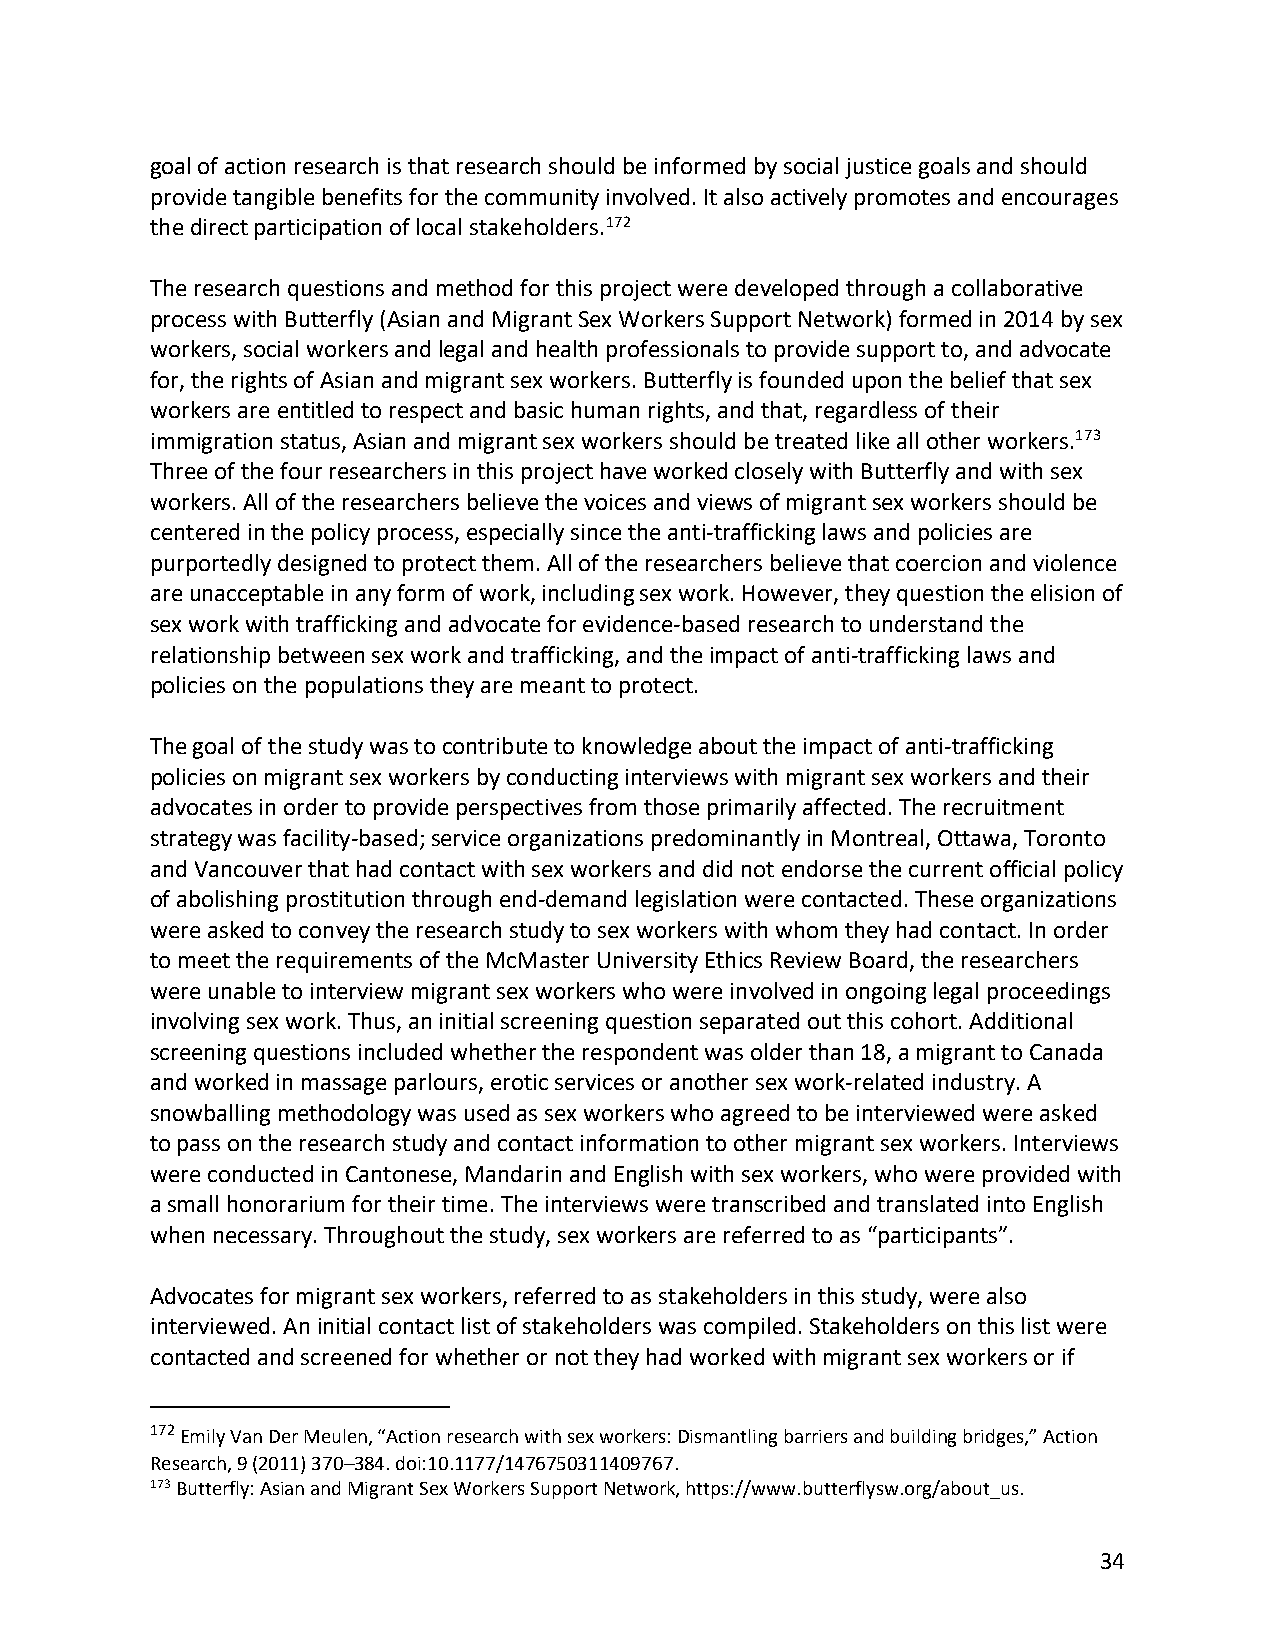
goal of action research is that research should be informed by social justice goals and should
 provide tangible benefits for the community involved. It also actively promotes and encourages
 the direct participation of local stakeholders.172
 The research questions and method for this project were developed through a collaborative
 process with Butterfly (Asian and Migrant Sex Workers Support Network) formed in 2014 by sex
 workers, social workers and legal and health professionals to provide support to, and advocate
 for, the rights of Asian and migrant sex workers. Butterfly is founded upon the belief that sex
 workers are entitled to respect and basic human rights, and that, regardless of their
 immigration status, Asian and migrant sex workers should be treated like all other workers.173
 Three of the four researchers in this project have worked closely with Butterfly and with sex
 workers. All of the researchers believe the voices and views of migrant sex workers should be
 centered in the policy process, especially since the anti-trafficking laws and policies are
 purportedly designed to protect them. All of the researchers believe that coercion and violence
 are unacceptable in any form of work, including sex work. However, they question the elision of
 sex work with trafficking and advocate for evidence-based research to understand the
 relationship between sex work and trafficking, and the impact of anti-trafficking laws and
 policies on the populations they are meant to protect.
 The goal of the study was to contribute to knowledge about the impact of anti-trafficking
 policies on migrant sex workers by conducting interviews with migrant sex workers and their
 advocates in order to provide perspectives from those primarily affected. The recruitment
 strategy was facility-based; service organizations predominantly in Montreal, Ottawa, Toronto
 and Vancouver that had contact with sex workers and did not endorse the current official policy
 of abolishing prostitution through end-demand legislation were contacted. These organizations
 were asked to convey the research study to sex workers with whom they had contact. In order
 to meet the requirements of the McMaster University Ethics Review Board, the researchers
 were unable to interview migrant sex workers who were involved in ongoing legal proceedings
 involving sex work. Thus, an initial screening question separated out this cohort. Additional
 screening questions included whether the respondent was older than 18, a migrant to Canada
 and worked in massage parlours, erotic services or another sex work-related industry. A
 snowballing methodology was used as sex workers who agreed to be interviewed were asked
 to pass on the research study and contact information to other migrant sex workers. Interviews
 were conducted in Cantonese, Mandarin and English with sex workers, who were provided with
 a small honorarium for their time. The interviews were transcribed and translated into English
 when necessary. Throughout the study, sex workers are referred to as “participants”.
 Advocates for migrant sex workers, referred to as stakeholders in this study, were also
 interviewed. An initial contact list of stakeholders was compiled. Stakeholders on this list were
 contacted and screened for whether or not they had worked with migrant sex workers or if
 172 Emily Van Der Meulen, “Action research with sex workers: Dismantling barriers and building bridges,” Action
 Research, 9 (2011) 370–384. doi:10.1177/1476750311409767.
 173 Butterfly: Asian and Migrant Sex Workers Support Network, https://www.butterflysw.org/about_us.
 34